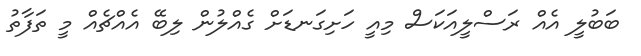
ބަބުލީ އެއް ރަސްލީއަކަސް މިއީ ހަށިގަނޑަށް ގެއްލުން ލިބޭ އެއްޗެއް މީ ތަފާތު